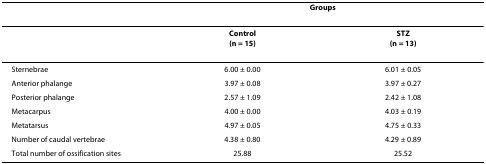
<table><thead><tr><td></td><td colspan="2"><b>Groups</b></td></tr></thead><tbody><tr><td></td><td><b>Control</b><b>(n = 15)</b></td><td><b>STZ</b><b>(n = 13)</b></td></tr><tr><td>Sternebrae</td><td>6.00 ± 0.00</td><td>6.01 ± 0.05</td></tr><tr><td>Anterior phalange</td><td>3.97 ± 0.08</td><td>3.97 ± 0.27</td></tr><tr><td>Posterior phalange</td><td>2.57 ± 1.09</td><td>2.42 ± 1.08</td></tr><tr><td>Metacarpus</td><td>4.00 ± 0.00</td><td>4.03 ± 0.19</td></tr><tr><td>Metatarsus</td><td>4.97 ± 0.05</td><td>4.75 ± 0.33</td></tr><tr><td>Number of caudal vertebrae</td><td>4.38 ± 0.80</td><td>4.29 ± 0.89</td></tr><tr><td>Total number of ossification sites</td><td>25.88</td><td>25.52</td></tr></tbody></table>